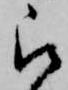
被